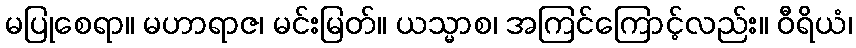
မပြုစေရာ။ မဟာရာဇ၊ မင်းမြတ်။ ယသ္မာစ၊ အကြင်ကြောင့်လည်း။ ဝီရိယံ၊